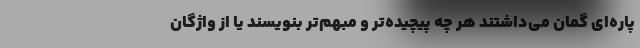
پاره‌ای گمان می‌داشتند هر چه پیچیده‌تر و مبهم‌تر بنویسند یا از واژگان